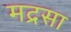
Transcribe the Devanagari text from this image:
मद्रसा